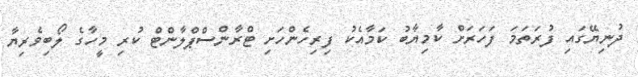
ދުނިޔޭގައި ފުރަތަމަ ފަހަރަށް ކާމިޔާބު ކަމާއެކު ފިރިހެންހަށި ޓްރާންސްޕްލާންޓް ކުރި މީހާގެ ލޯބިވެރިޔާ